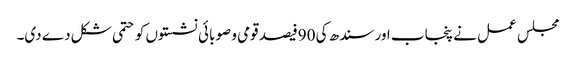
مجلس عمل نے پنجاب اور سندھ کی 90فیصد قومی و صوبائی نشستوں کو حتمی شکل دے دی۔